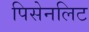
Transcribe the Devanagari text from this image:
पिसेनलिट